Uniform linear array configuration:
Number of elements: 16
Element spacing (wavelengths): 0.25
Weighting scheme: uniform
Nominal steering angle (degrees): -15
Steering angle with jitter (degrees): -16.773
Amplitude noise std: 0.05
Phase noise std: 0.05

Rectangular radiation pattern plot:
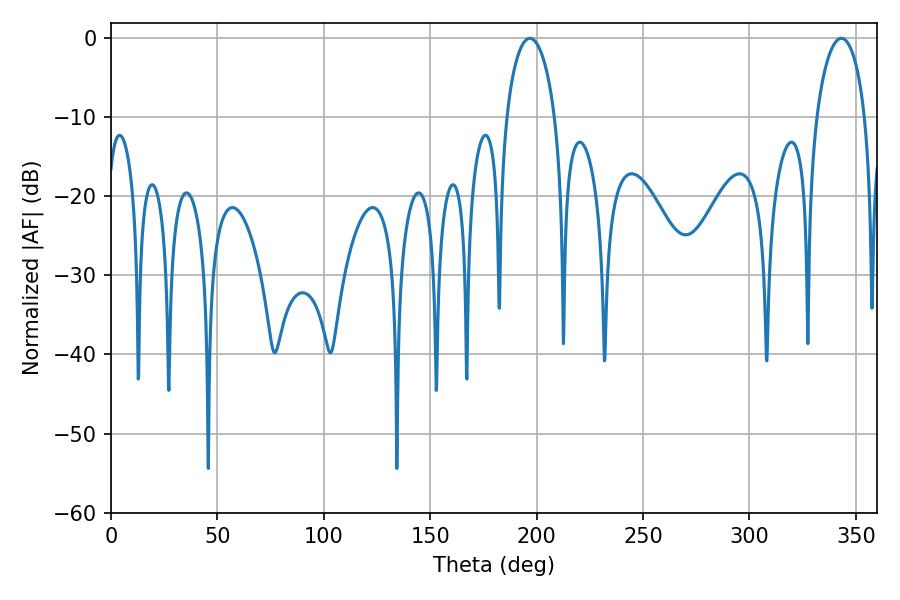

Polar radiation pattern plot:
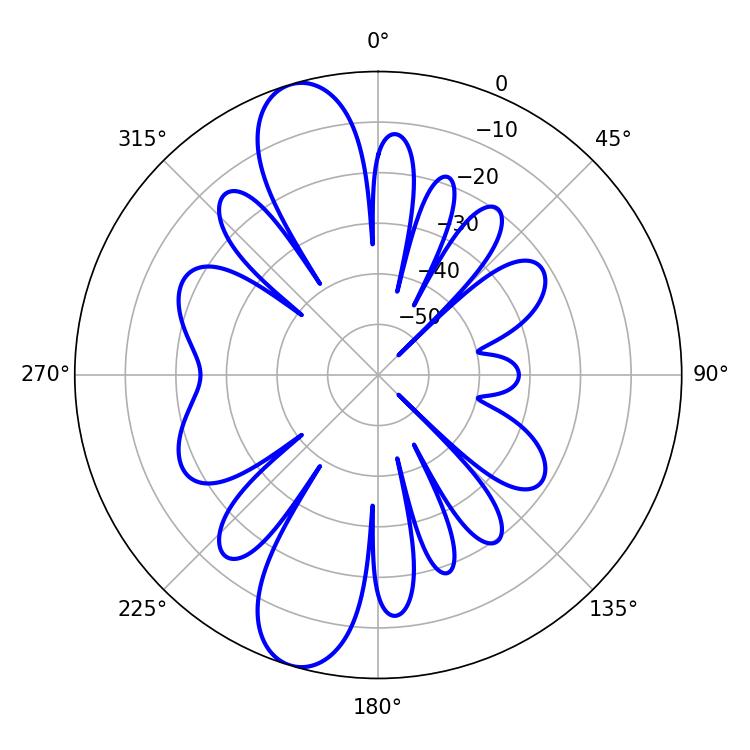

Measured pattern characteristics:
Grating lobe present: FALSE
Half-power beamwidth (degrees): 12.96
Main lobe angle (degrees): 196.74